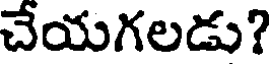
చేయగలడు?